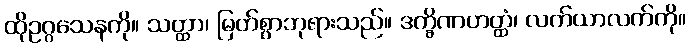
ထိုဥဂ္ဂသေနကို။ သတ္ထာ၊ မြတ်စွာဘုရားသည်။ ဒက္ခိဏဟတ္ထံ၊ လက်ယာလက်ကို။